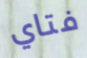
فتاي